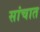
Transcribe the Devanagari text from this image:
सांचात